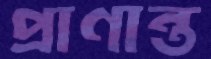
প্রাণান্ত